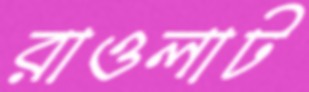
রাওলাট